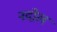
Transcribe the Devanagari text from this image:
नदोल